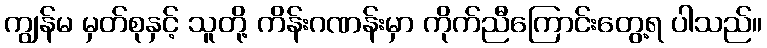
ကျွန်မ မှတ်စုနှင့် သူတို့ ကိန်းဂဏန်းမှာ ကိုက်ညီကြောင်းတွေ့ရ ပါသည်။